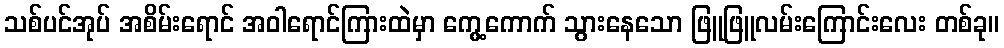
သစ်ပင်အုပ် အစိမ်းရောင် အဝါရောင်ကြားထဲမှာ ကွေ့ကောက် သွားနေသော ဖြူဖြူလမ်းကြောင်းလေး တစ်ခု။